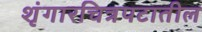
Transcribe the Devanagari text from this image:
शृंगारचित्रपटातील